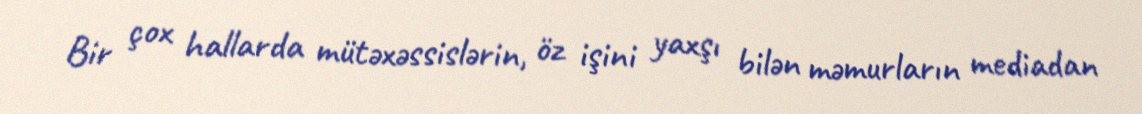
Bir çox hallarda mütəxəssislərin, öz işini yaxşı bilən məmurların mediadan